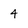
Character: 4